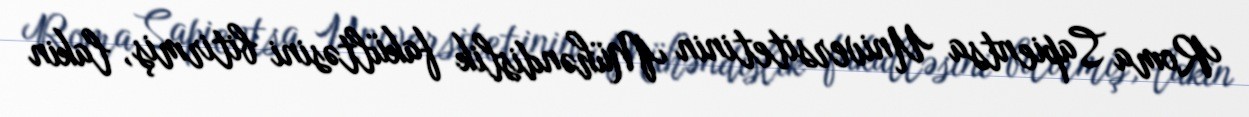
Roma Sapientsa Universitetinin Mühəndislik fakültəsini bitirmiş, lakin